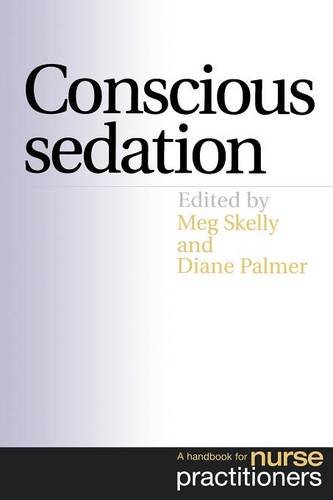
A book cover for Conscious Sedation; Meg Skelly; Medical Books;